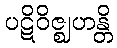
ပဋိဝိဇ္ဈဟန္တိ